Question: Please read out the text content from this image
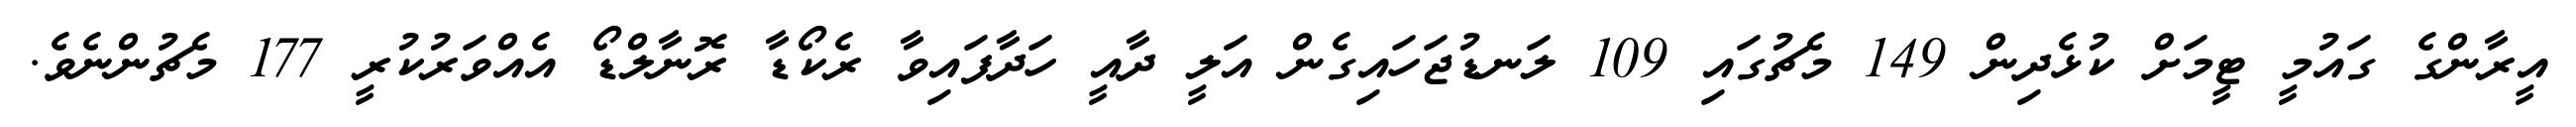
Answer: އީރާންގެ ގައުމީ ޓީމަށް ކުޅެދިން 149 މެޗުގައި 109 ލަނޑުޖަހައިގެން އަލީ ދާއީ ހަދާފައިވާ ރެކޯޑާ ރޮނާލްޑޯ އެއްވަރުކުރީ 177 މެޗުންނެވެ.